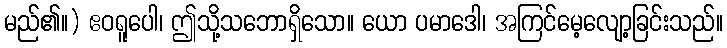
မည်၏။) ဧဝရူပေါ၊ ဤသို့သဘောရှိသော။ ယော ပမာဒေါ၊ အကြင်မေ့လျော့ခြင်းသည်။